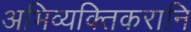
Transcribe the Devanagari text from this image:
अभिव्यक्तिकरानि